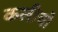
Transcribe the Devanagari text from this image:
कलीचो